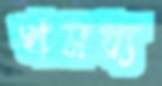
খমধ্য